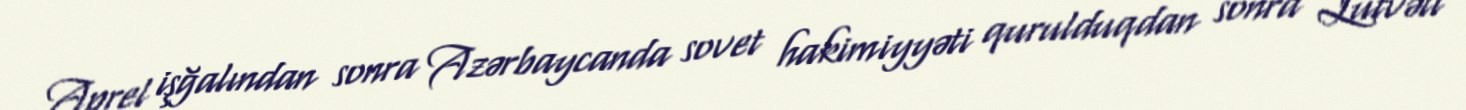
Aprel işğalından sonra Azərbaycanda sovet hakimiyyəti qurulduqdan sonra Lütvəli